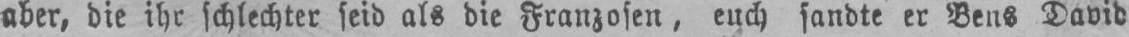
aber, die ihr schlechter seid als die Franzosen, euch sandte er Bens David